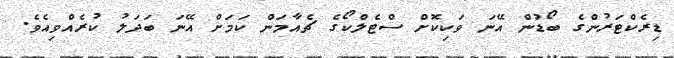
ޑިރެކްޓަރުންގެ ބޯޑުން އޭނަ ވަކިކޮށް ސްޓެލްކޯގެ ޗެއާމަން ކަމަށް އޭނަ ބަދަލު ކުރެއްވިއެވެ.